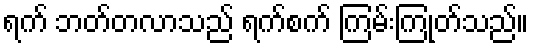
ရက် ဘတ်တလာသည် ရက်စက် ကြမ်းကြုတ်သည်။